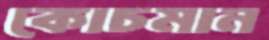
কোচমান